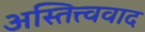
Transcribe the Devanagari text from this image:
अस्तित्त्ववाद